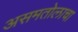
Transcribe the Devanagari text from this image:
असमतोलाचा